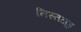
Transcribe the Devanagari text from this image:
निस्तल्रूइ